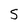
Character: 5